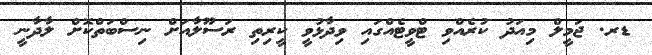
ޑރ. ޖަމީލް މިއަދު ކުރެއްވި ޓްވީޓެއްގައި ވިދާޅުވީ ކީރިތި ރަސޫލާއަށް ނިސްބަތްކޮށް ލާދާނީ